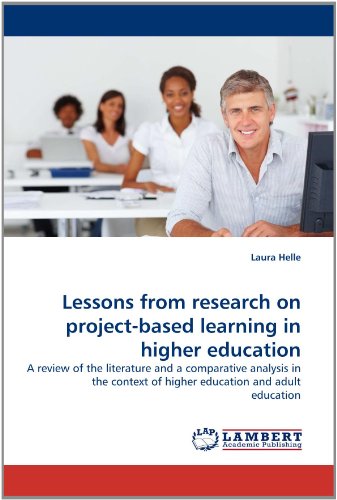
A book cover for Lessons from research on project-based learning in higher education: A review of the literature and a comparative analysis in the context of higher education and adult education; Laura Helle; Education & Teaching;